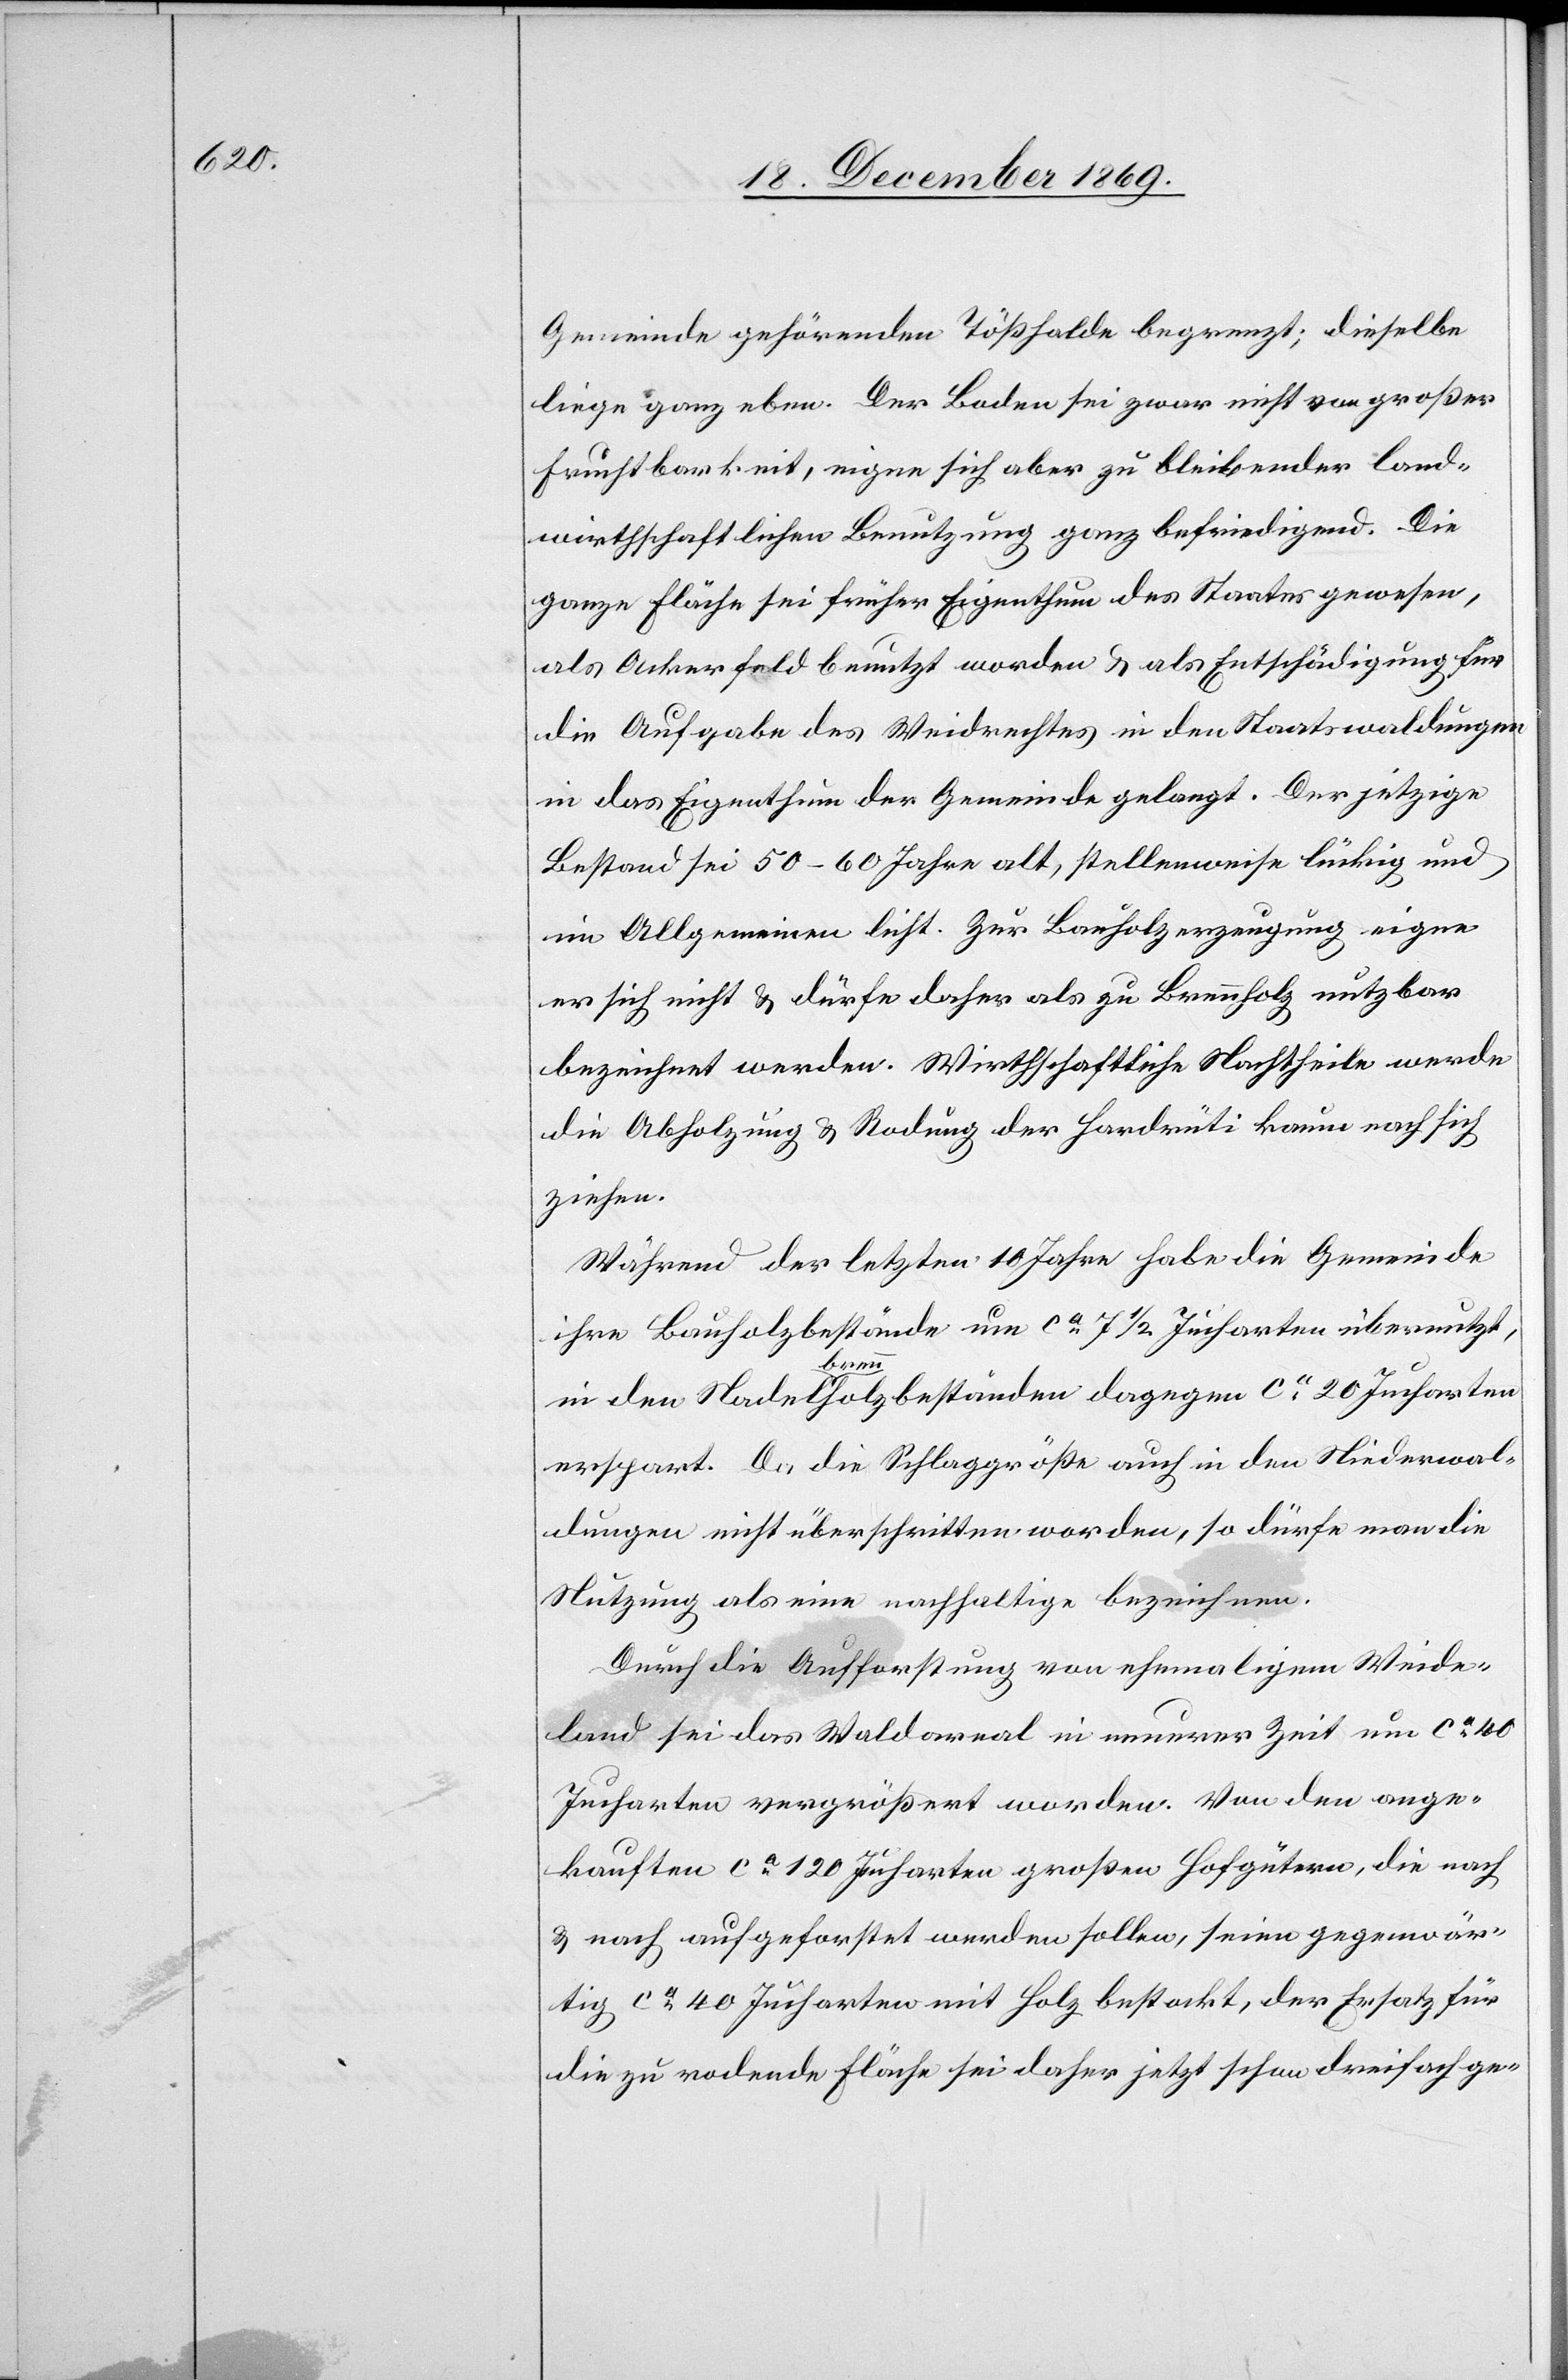
Gemeinde gehörenden Tößhalde begrenzt; dieselbe
liege ganz eben. Der Boden sei zwar nicht von großer
Fruchtbarkeit, eigne sich aber zu bleibender land¬
wirthschaftlichen Benutzung ganz befriedigend. Die
ganze Fläche sei früher Eigenthum des Staates gewesen,
als Ackerfeld benutzt worden & als Entschädigung für
die Aufgabe des Weidrechtes in den Staatswaldungen
in das Eigenthum der Gemeinde gelangt. Der jetzige
Bestand sei 50–60 Jahre alt, stellenweise lückig und
im Allgemeinen licht. Zur Bauholzerzeugung eigne
er sich nicht & dürfe daher als zu Brennholz nutzbar
bezeichnet werden. Wirthschaftliche Nachtheile werde
die Abholzung & Rodung der Hardrüti kaum nach sich
ziehen.
Während der letzten 10 Jahre habe die Gemeinde
ihre Bauholzbestände um ca 7 1/2 Jucharten übernutzt,
in den Nadelbrennholzbeständen dagegen ca 20 Jucharten
erspart. Da die Schlaggröße auch in den Niederwal¬
dungen nicht überschritten worden, so dürfe man die
Nutzung als eine nachhaltige bezeichnen.
Durch die Aufforstung von ehemaligem Weide¬
land sei das Waldareal in neuerer Zeit um ca 40
Jucharten vergrößert worden. Von den ange¬
kauften ca 120 Jucharten großen Hofgütern, die nach
& nach aufgeforstet werden sollen, seien gegenwär¬
tig ca 40 Jucharten mit Holz bestockt, der Ersatz für
die zu rodende Fläche sei daher jetzt schon dreifach ge-